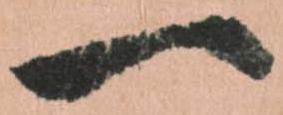
一